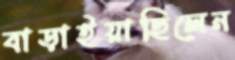
বাড়াইয়াছিলেন